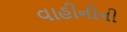
વાહીનીની